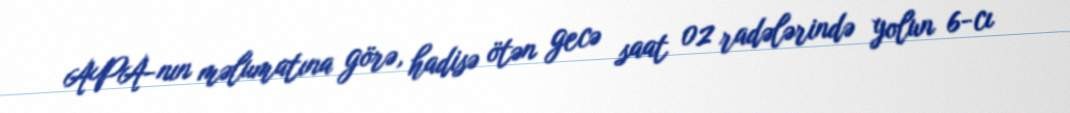
APA-nın məlumatına görə, hadisə ötən gecə saat 02 radələrində yolun 6-cı